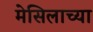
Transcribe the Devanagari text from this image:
मेसिलाच्या